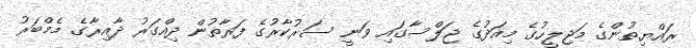
ރައްޔިތުންގެ މަޖިލީހުގެ މިއަދުގެ ޖަލްސާގައި ވަނީ ސަރުކާރުގެ ފަރާތުން ދިއްގަރު ދާއިރާގެ މެމްބަރު